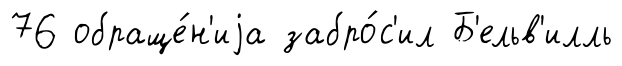
76 обраще́н'иjа забро́с'ил Б'ельв'илль